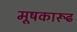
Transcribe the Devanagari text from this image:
मूषकारूढ